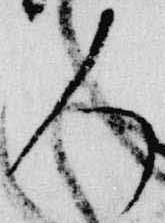
人